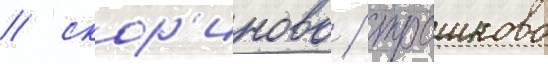
/ скор'иново / трошково